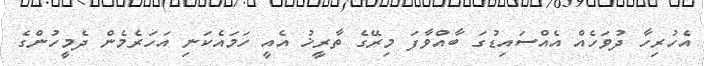
އެހުރިހާ ދުވަހެއް އެއްސައިޑުގަ ބާއްވާފަ މިރޭގެ ތާރީޚު އެއީ ހަމައެކަނި އަހަރެމެން ދެމީހުންގެ